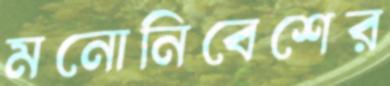
মনোনিবেশের